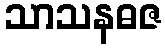
သာသနဓဇ